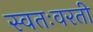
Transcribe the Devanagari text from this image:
स्वतःवरती